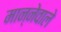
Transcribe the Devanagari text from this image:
मान्नेवाले